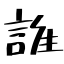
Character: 誰